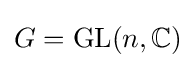
G=\mathrm {GL} (n,\mathbb {C} )